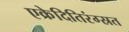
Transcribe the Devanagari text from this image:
एक्रेदितिरंग्स्रत